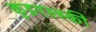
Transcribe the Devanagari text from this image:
कुइएल्स्की